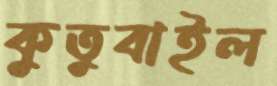
কুতুবাইল